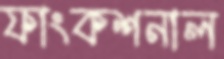
ফাংকশনাল